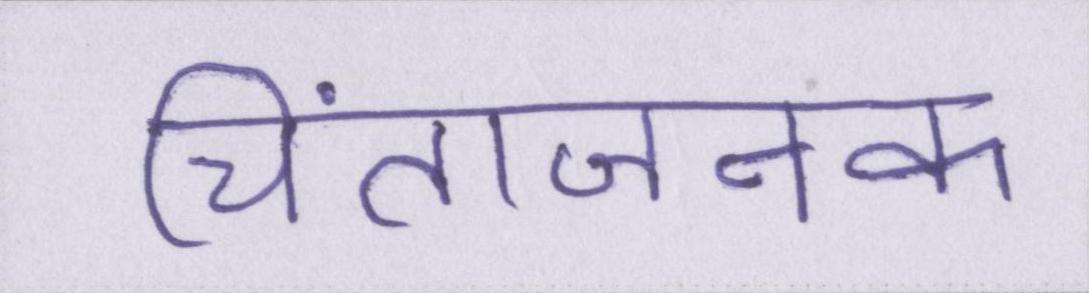
चिंताजनक